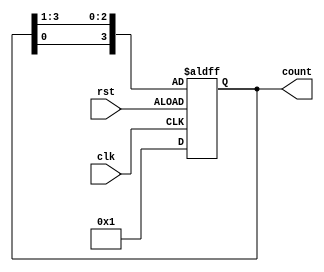
/******************************************************************************************************************

This source code is a work of its author. No part of it should be copied and pasted for any commercial purpose. 
This code is purely for educational purposes. If required, this code can be cloned from GitHub repository.

Filename	: odd_even_counter.v

Description	: Even and Odd Counter Design

Author Name	: Deep Kar Sarkar

Version		: 1.0

*******************************************************************************************************************/

module ring_counter #(parameter WIDTH = 4)(
	input clk, rst,
	output reg [(WIDTH-1):0] count
	);
	
	reg temp;
	
	always @(posedge clk or negedge rst)
	begin
		if(rst)
			count = 4'b0001;
		else begin
			temp = count[0];
			count = count>>1;
			count[WIDTH-1] = temp;
		end
	end

endmodule